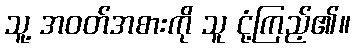
သူ့ အဝတ်အစားကို သူ ငုံ့ကြည့်၏။